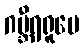
ဂမ္ဘီရရူပေ